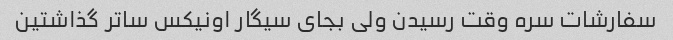
سفارشات سره وقت رسیدن ولی بجای سیگار اونیکس ساتر گذاشتین